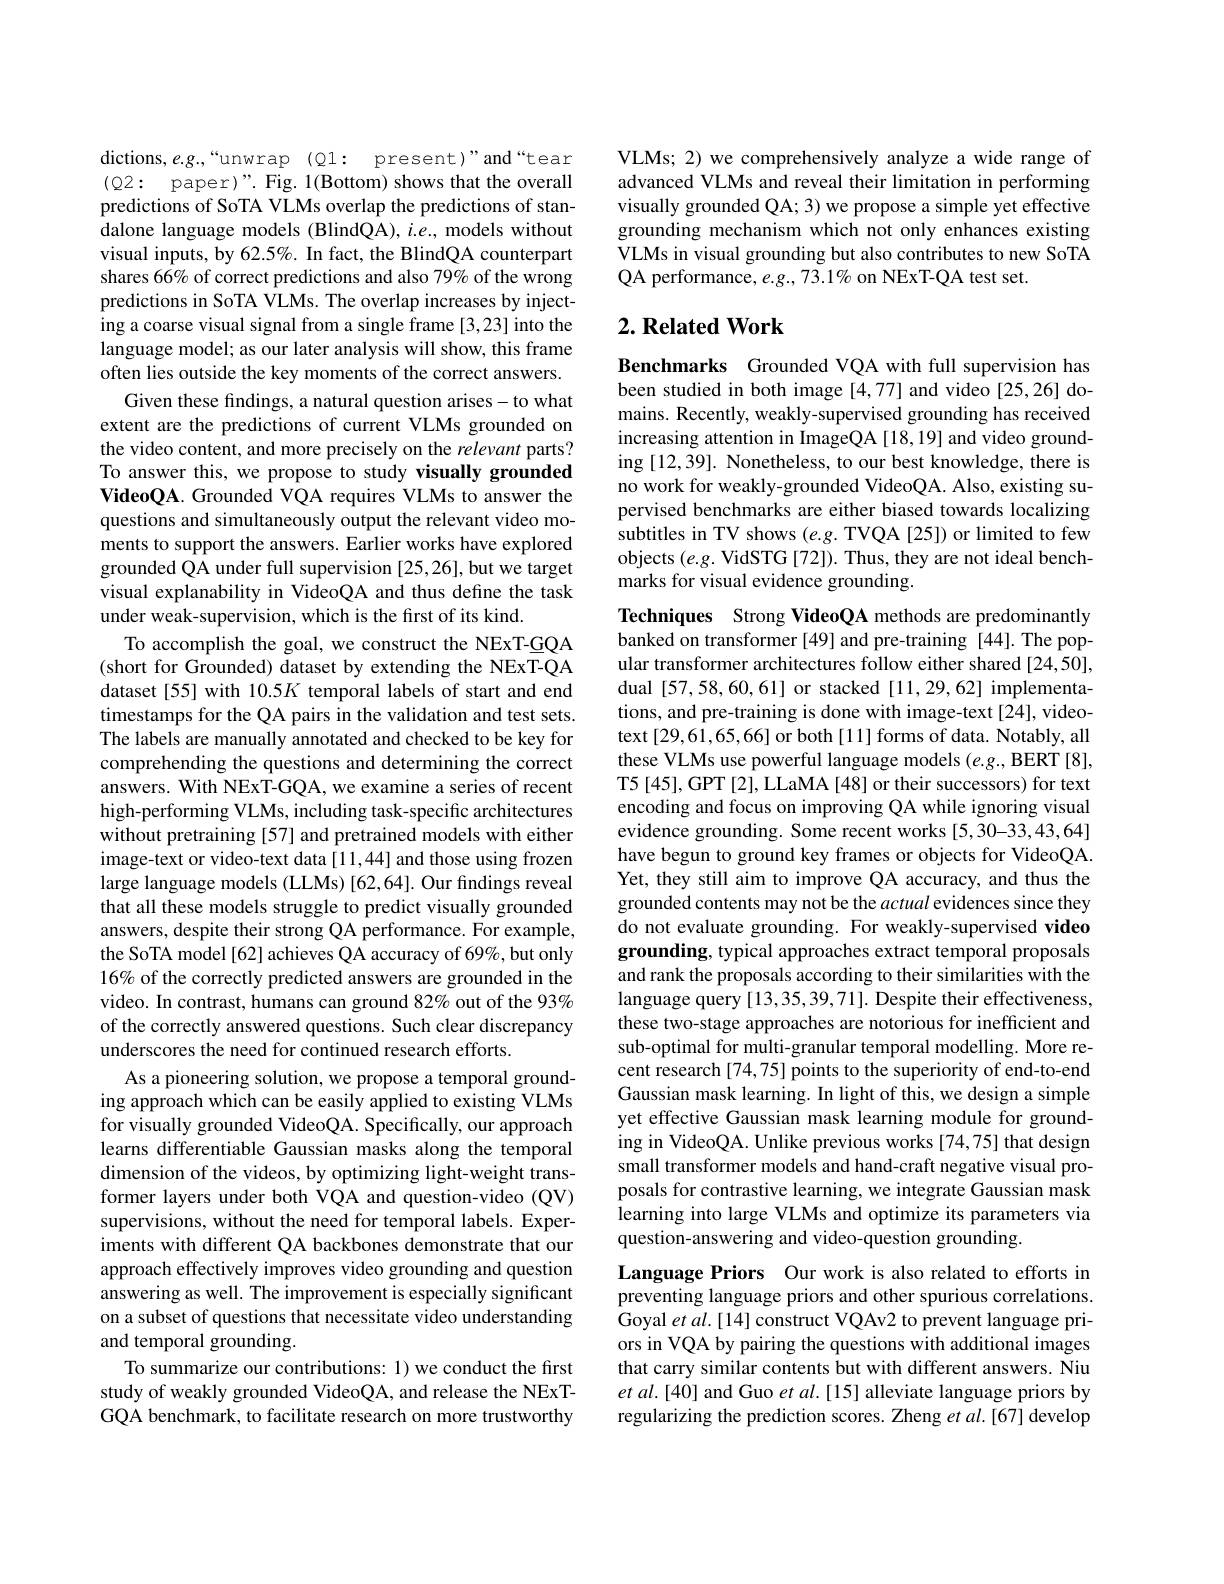
dictions, e.g.,“unwrap(Q1: present)”and“tear $( Q2:$ paper)". Fig. 1(Bottom) shows that the overall predictions of SoTA VLMs overlap the predictions of standalone language models (BlindQA), $i.e.$, models without visual inputs, by 62.5%. In fact, the BlindQA counterpart shares 66% of correct predictions and also 79% of the wrong predictions in SoTA VLMs. The overlap increases by injecting a coarse visual signal from a single frame [3,23] into the language model; as our later analysis will show, this frame often lies outside the key moments of the correct answers.
Given these findings, a natural question arises-to what extent are the predictions of current VLMs grounded on the video content, and more precisely on the relevant parts? To answer this, we propose to study visually grounded VideoQA. Grounded VQA requires VLMs to answer the questions and simultaneously output the relevant video moments to support the answers. Earlier works have explored grounded QA under full supervision [25,26], but we target visual explanability in VideoQA and thus define the task under weak-supervision, which is the first of its kind.
To accomplish the goal, we construct the NExT-GQA (short for Grounded) dataset by extending the NExT-QA dataset[55] with 10.5K temporal labels of start and end timestamps for the QA pairs in the validation and test sets. The labels are manually annotated and checked to be key for comprehending the questions and determining the correct answers. With NExT-GQA, we examine a series of recent high-performing VLMs, including task-specific architectures without pretraining [57] and pretrained models with either image-text or video-text data [11,44] and those using frozen large language models (LLMs) [62,64]. Our findings reveal that all these models struggle to predict visually grounded answers, despite their strong QA performance. For example, the SoTA model[62] achieves QA accuracy of 69%, but only 16% of the correctly predicted answers are grounded in the video. In contrast, humans can ground 82% out of the 93% of the correctly answered questions. Such clear discrepancy underscores the need for continued research efforts.
As a pioneering solution, we propose a temporal grounding approach which can be easily applied to existing VLMs for visually grounded VideoQA. Specifically, our approach learns differentiable Gaussian masks along the temporal dimension of the videos, by optimizing light-weight transformer layers under both VQA and question-video (QV) supervisions, without the need for temporal labels. Experiments with different QA backbones demonstrate that our approach effectively improves video grounding and question answering as well. The improvement is especially significant on a subset of questions that necessitate video understanding and temporal grounding.
To summarize our contributions: 1) we conduct the first study of weakly grounded VideoQA, and release the NExTGQA benchmark, to facilitate research on more trustworthy

VLMs; 2) we comprehensively analyze a wide range of advanced VLMs and reveal their limitation in performing visually grounded QA; 3) we propose a simple yet effective grounding mechanism which not only enhances existing VLMs in visual grounding but also contributes to new SoTA QA performance, $e.g.,73.1\%$ on NExT-QA test set.

## $2. \textbf{Related Work}$

Benchmarks Grounded VQA with full supervision has been studied in both image [4,77] and video [25,26] domains. Recently, weakly-supervised grounding has received increasing attention in ImageQA [18,19] and video grounding [12,39]. Nonetheless, to our best knowledge, there is no work for weakly-grounded VideoQA. Also, existing supervised benchmarks are either biased towards localizing subtitles in TV shows $(e.g.$ TVQA [25]) or limited to few objects $(e.g.$ VidSTG [72]). Thus, they are not ideal benchmarks for visual evidence grounding.

Techniques Strong VideoQA methods are predominantly banked on transformer [49] and pre-training [44]. The popular transformer architectures follow either shared [24,50], dual [57,58,60,61] or stacked [11,29,62] implementations, and pre-training is done with image-text [24], videotext [29,61,65,66] or both [11] forms of data. Notably, all these VLMs use powerful language models (e.g., BERT [8], T5 [45], GPT [2], LLaMA [48] or their successors) for text encoding and focus on improving QA while ignoring visual evidence grounding. Some recent works [5,30-33,43,64] have begun to ground key frames or objects for VideoQA. Yet, they still aim to improve QA accuracy, and thus the grounded contents may not be the actual evidences since they do not evaluate grounding. For weakly-supervised video grounding, typical approaches extract temporal proposals and rank the proposals according to their similarities with the language query [13,35,39,71]. Despite their effectiveness, these two-stage approaches are notorious for inefficient and sub-optimal for multi-granular temporal modelling. More recent research [74,75] points to the superiority of end-to-end Gaussian mask learning. In light of this, we design a simple yet effective Gaussian mask learning module for grounding in VideoQA. Unlike previous works [74,75] that design small transformer models and hand-craft negative visual proposals for contrastive learning, we integrate Gaussian mask learning into large VLMs and optimize its parameters via question-answering and video-question grounding.
Language Priors Our work is also related to efforts in preventing language priors and other spurious correlations. Goyal et al.[14] construct VQAv2 to prevent language priors in VQA by pairing the questions with additional images that carry similar contents but with different answers. Niu et al.[40] and Guo et al.[15] alleviate language priors by regularizing the prediction scores. Zheng $et$ al.[67] develop